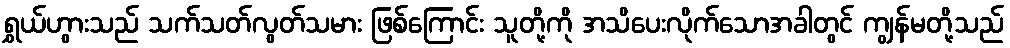
ရွှယ်ဟွားသည် သက်သတ်လွတ်သမား ဖြစ်ကြောင်း သူတို့ကို အသိပေးလိုက်သောအခါတွင် ကျွန်မတို့သည်